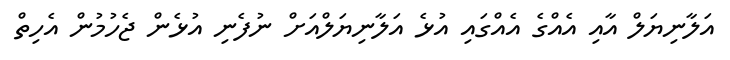
އަލާނިޔަލް އާއި އެއްގެ އެއްގައި އުޅެ އަލާނިޔަލްއަށް ނުފެނި އުޅެން ޖެހުމުން އެހިތް